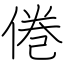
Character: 倦